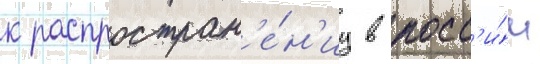
к распростран'е́н'иу в росс'и́и